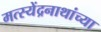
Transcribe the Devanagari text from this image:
मत्स्येंद्रनाथांच्या